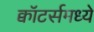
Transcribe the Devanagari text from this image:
क्वॉटर्समध्ये